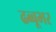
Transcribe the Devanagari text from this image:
ढब्बूभर